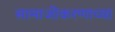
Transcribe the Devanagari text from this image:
सामाजीकरणाच्या